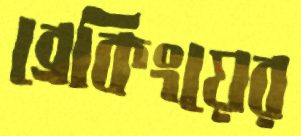
ব্রেকিংয়ের